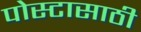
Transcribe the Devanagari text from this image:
पोस्टासाठी